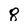
Character: 8